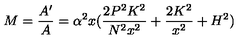
M = { \frac { A ^ { \prime } } { A } } = \alpha ^ { 2 } x ( { \frac { 2 P ^ { 2 } K ^ { 2 } } { N ^ { 2 } x ^ { 2 } } } + { \frac { 2 K ^ { 2 } } { x ^ { 2 } } } + H ^ { 2 } )